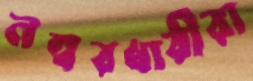
নম্বরধারীরা